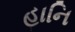
હાનિ